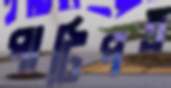
পাটিপত্র